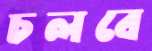
চলবে